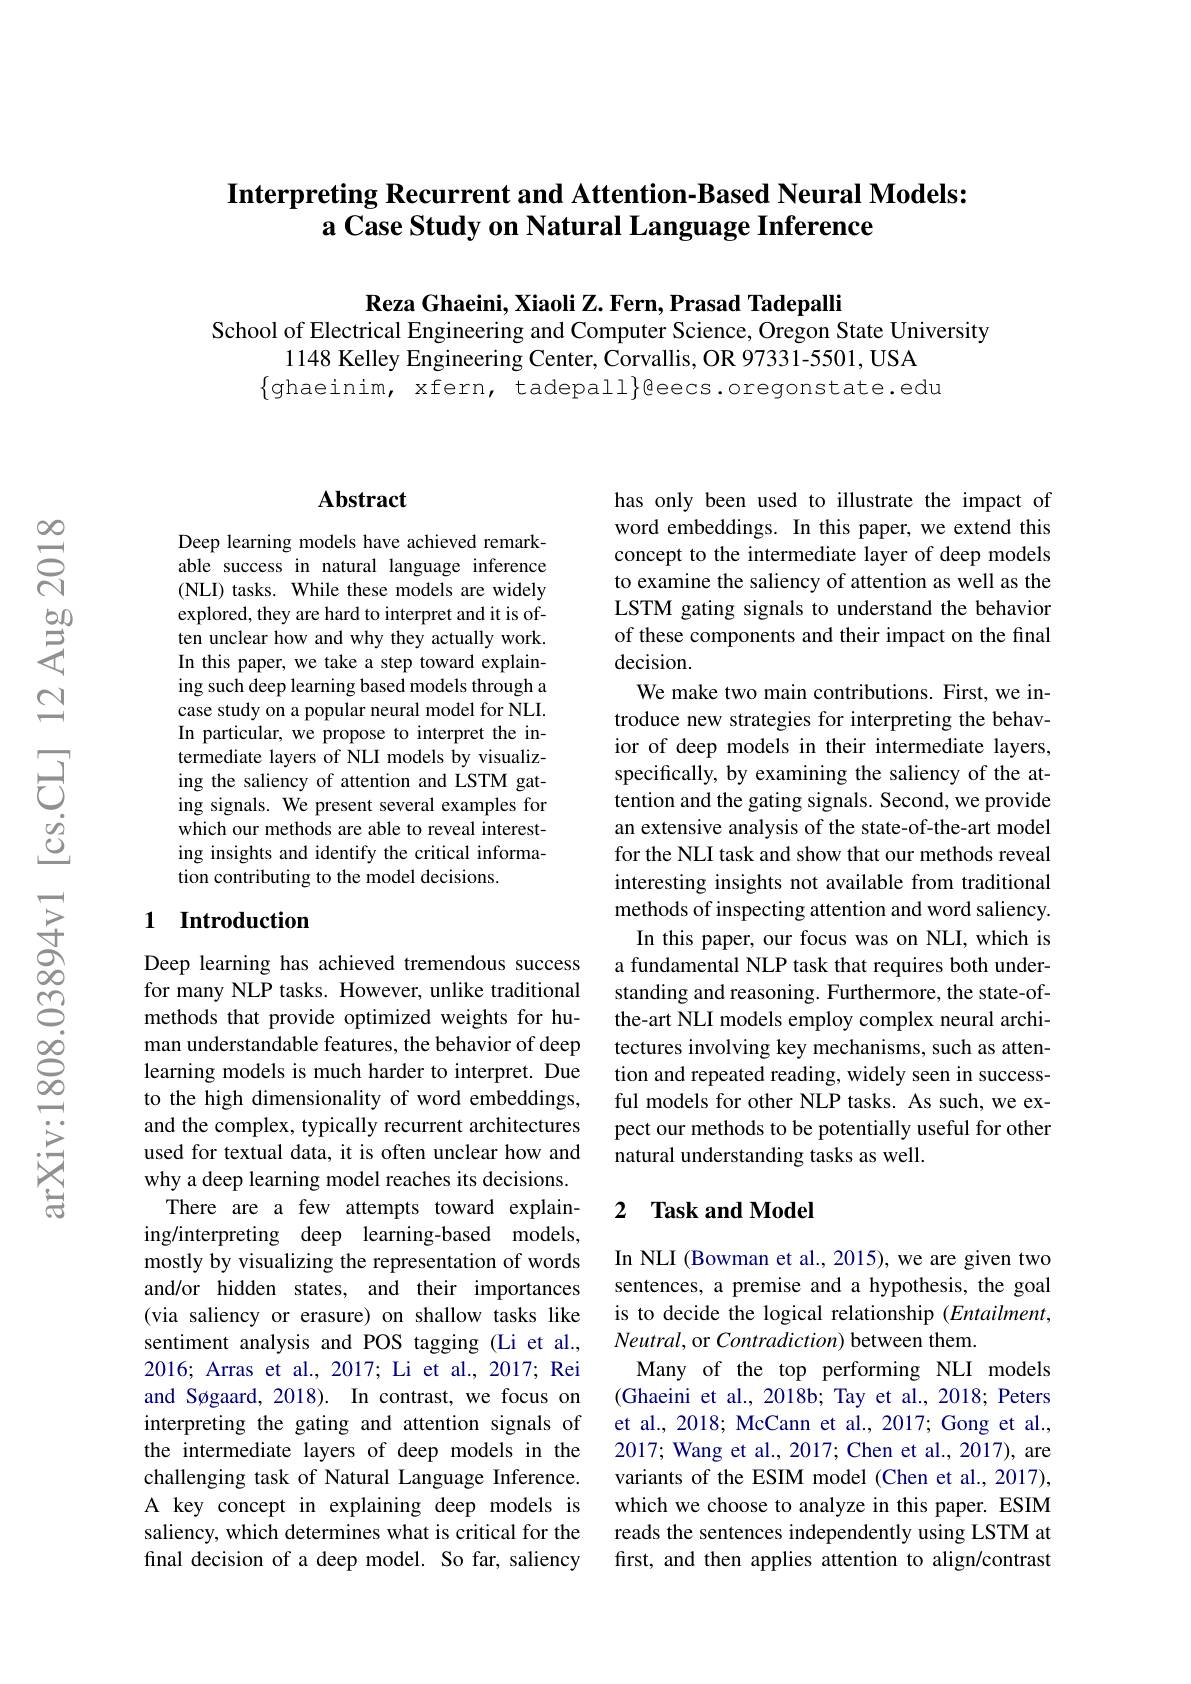
## Interpreting Recurrent and Attention-Based Neural Models: a Case Study on Natural Language Inference

$\textbf{Reza Ghaeini, Xiaoli Z. Fern, Prasad Tadepalli}$
School of Electrical Engineering and Computer Science, Oregon State University
1148 Kelley Engineering Center, Corvallis, OR 97331-5501, USA
$\{$ghaeinim, xfern, tadepall$\}$eecs.oregonstate.edu

### $\mathbf{Abstract}$

Deep learning models have achieved remarkable success in natural language inference (NLI) tasks. While these models are widely explored, they are hard to interpret and it is often unclear how and why they actually work. In this paper, we take a step toward explaining such deep learning based models through a case study on a popular neural model for NLI. In particular, we propose to interpret the intermediate layers of NLI models by visualizing the saliency of attention and LSTM gating signals. We present several examples for which our methods are able to reveal interesting insights and identify the critical information contributing to the model decisions.

## 1 Introduction

Deep learning has achieved tremendous success for many NLP tasks. However, unlike traditional methods that provide optimized weights for human understandable features, the behavior of deep learning models is much harder to interpret. Due to the high dimensionality of word embeddings, and the complex, typically recurrent architectures used for textual data, it is often unclear how and why a deep learning model reaches its decisions.
There are a few attempts toward explaining/interpreting deep learning-based models, mostly by visualizing the representation of words and/or hidden states, and their importances (via saliency or erasure) on shallow tasks like sentiment analysis and POS tagging (Li et al., 2016; Arras et al., 2017; Li et al., 2017; Rei and Søgaard, 2018). In contrast, we focus on interpreting the gating and attention signals of the intermediate layers of deep models in the challenging task of Natural Language Inference. A key concept in explaining deep models is saliency, which determines what is critical for the final decision of a deep model. So far, saliency

has only been used to illustrate the impact of word embeddings. In this paper, we extend this concept to the intermediate layer of deep models to examine the saliency of attention as well as the LSTM gating signals to understand the behavior of these components and their impact on the final decision.
We make two main contributions. First, we introduce new strategies for interpreting the behavior of deep models in their intermediate layers, specifically, by examining the saliency of the attention and the gating signals. Second, we provide an extensive analysis of the state-of-the-art model for the NLI task and show that our methods reveal interesting insights not available from traditional methods of inspecting attention and word saliency.
In this paper, our focus was on NLI, which is a fundamental NLP task that requires both understanding and reasoning. Furthermore, the state-ofthe-art NLI models employ complex neural architectures involving key mechanisms, such as attention and repeated reading, widely seen in successful models for other NLP tasks. As such, we expect our methods to be potentially useful for other natural understanding tasks as well.

### 2 $\textbf{Task and Model}$

In NLI (Bowman et al., 2015), we are given two sentences, a premise and a hypothesis, the goal is to decide the logical relationship $(Entailment$, Neutral, or Contradiction) between them.
Many of the top performing NLI models (Ghaeini et al., 2018b; Tay et al., 2018; Peters et al., 2018; McCann et al., 2017; Gong et al., 2017; Wang et al., 2017; Chen et al., 2017), are variants of the ESIM model (Chen et al., 2017), which we choose to analyze in this paper. ESIM reads the sentences independently using LSTM at first, and then applies attention to align/contrast